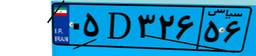
۰۵D۳۲۶۵۶